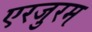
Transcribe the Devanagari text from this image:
एरजुरम